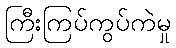
ကြီးကြပ်ကွပ်ကဲမှု